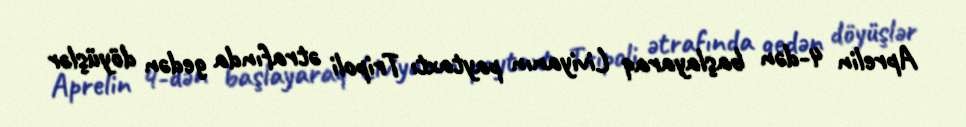
Aprelin 4-dən başlayaraq Liviyanın paytaxtı Tripoli ətrafında gedən döyüşlər